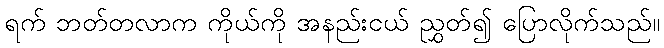
ရက် ဘတ်တလာက ကိုယ်ကို အနည်းငယ် ညွှတ်၍ ပြောလိုက်သည်။